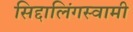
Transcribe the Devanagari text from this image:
सिद्दालिंगस्वामी